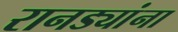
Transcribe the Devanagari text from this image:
रानड्यांना